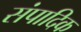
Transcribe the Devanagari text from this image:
संपादिक